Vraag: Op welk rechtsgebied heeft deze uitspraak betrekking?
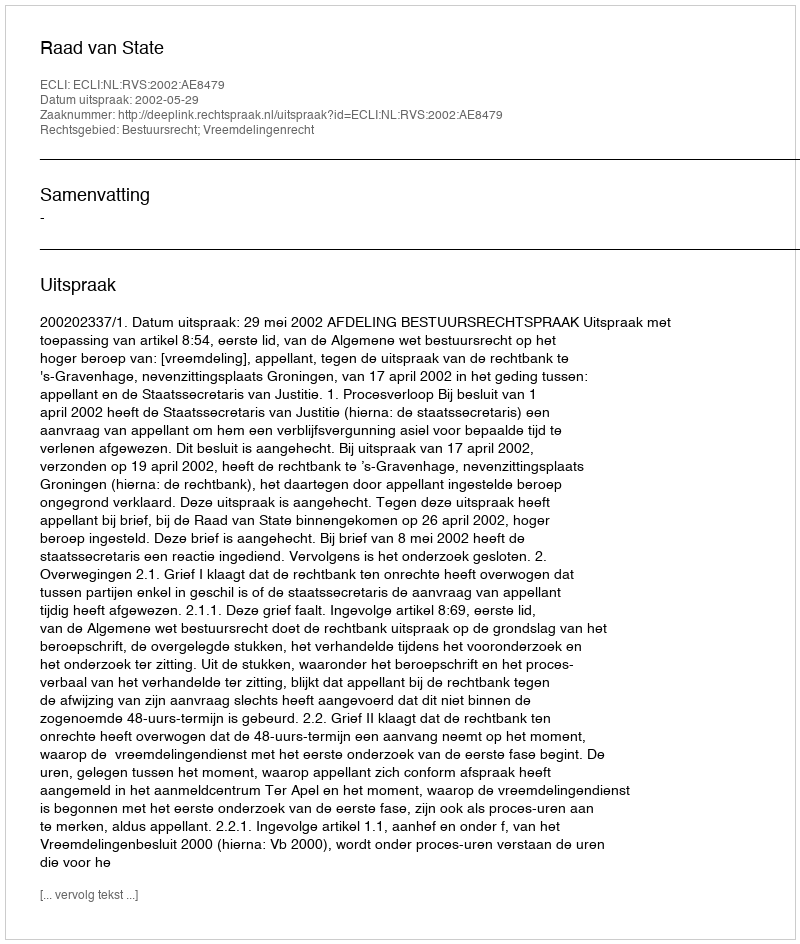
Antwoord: Bestuursrecht; Vreemdelingenrecht